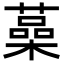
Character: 𦾈